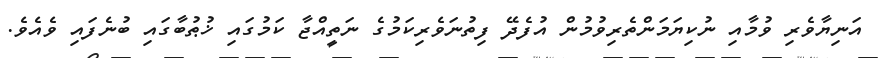
އަނިޔާވެރި ވުމާއި ނުކިޔަމަންތެރިވުމުން އުފެދޭ ފިތުނަވެރިކަމުގެ ނަތީއްޖާ ކަމުގައި ޚުޠުބާގައި ބުނެފައި ވެއެވެ.